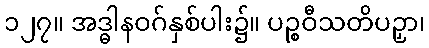
၁၂၇။ အဒ္ဓါနဝဂ်နှစ်ပါး၌။ ပဉ္စဝီသတိပဉှာ၊